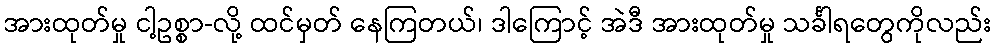
အားထုတ်မှု ငါ့ဥစ္စာ-လို့ ထင်မှတ် နေကြတယ်၊ ဒါကြောင့် အဲဒီ အားထုတ်မှု သင်္ခါရတွေကိုလည်း